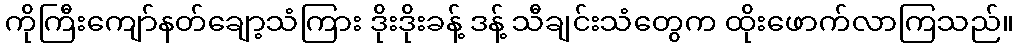
ကိုကြီးကျော်နတ်ချော့သံကြား ဒိုးဒိုးခန့် ဒန့် သီချင်းသံတွေက ထိုးဖောက်လာကြသည်။